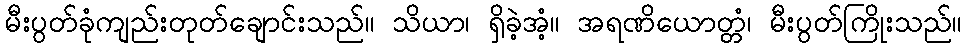
မီးပွတ်ခုံကျည်းတုတ်ချောင်းသည်။ သိယာ၊ ရှိခဲ့အံ့။ အရဏိယောတ္တံ၊ မီးပွတ်ကြိုးသည်။